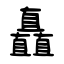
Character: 矗